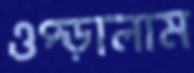
ওপ্‌ড়ালাম